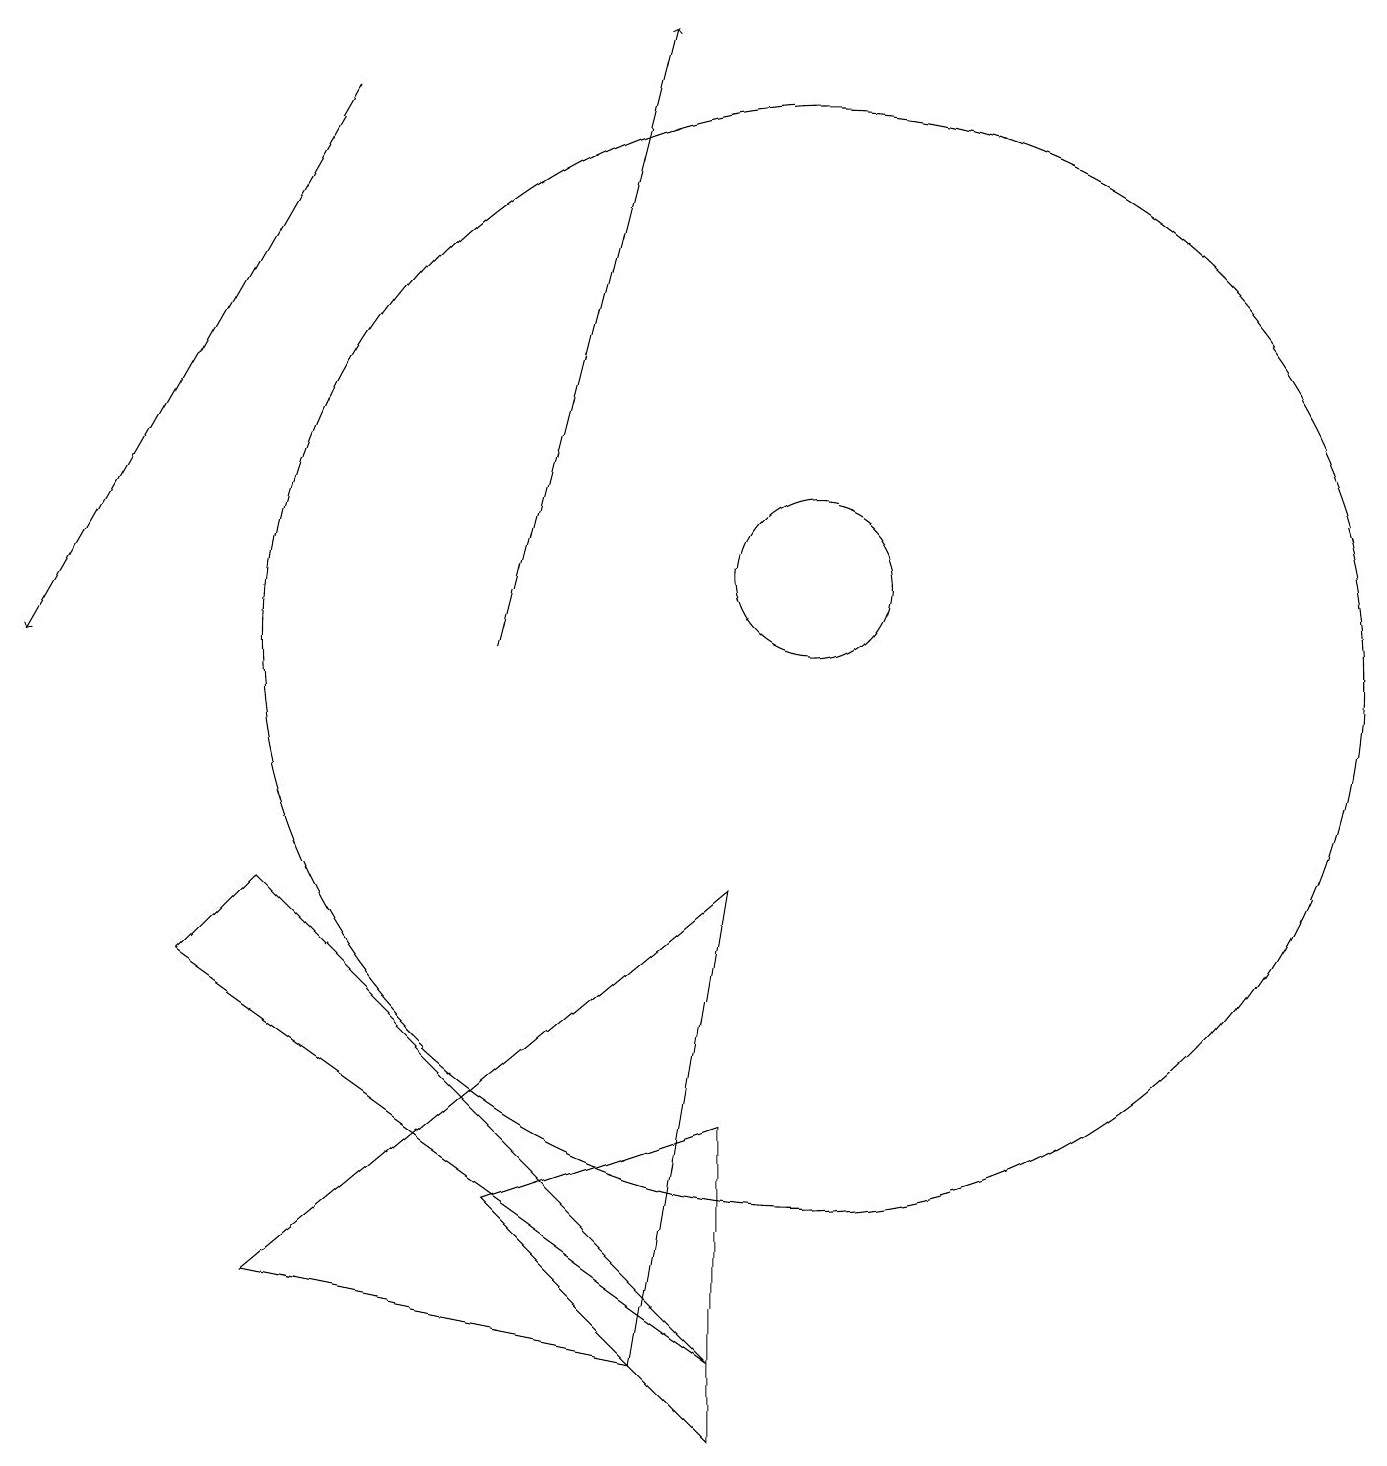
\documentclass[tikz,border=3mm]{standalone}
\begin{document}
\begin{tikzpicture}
\draw[->] (4,17) -- (0,10);
\draw (3,7) -- (2,6) -- (9,1) -- cycle;
\draw (9,7) -- (8,1) -- (3,2) -- cycle;
\draw (10,11) circle (1);
\draw (9,4) -- (9,0) -- (6,3) -- cycle;
\draw (10,10) circle (7);
\draw[->] (6,10) -- (8,18);
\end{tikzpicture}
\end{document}